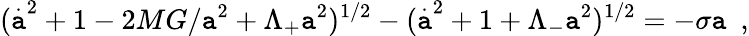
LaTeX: (\stackrel{.}{\mathtt{a}}^{2}+1-2MG/\mathtt{a}^{2}+\Lambda_{+}\mathtt{a}^{2})^{1/2}-(\stackrel{.}{\mathtt{a}}^{2}+1+\Lambda_{-}\mathtt{a}^{2})^{1/2}=-\sigma\mathtt{a}~~,